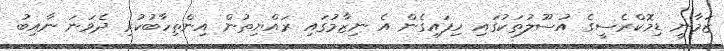
ޒަމާނީ ޑިމޮކްރެސީގެ އުސޫލުތަކުގައި ހިފައިިގެން އެ ނިޒާމުގައި ރައްޔިތުން އިންތިހާބުކުރި ދެވަނަ ނާއިބު